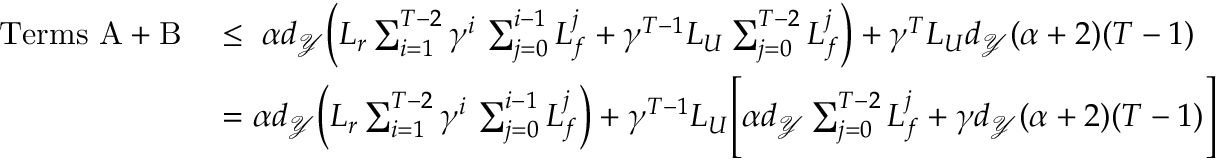
\begin{array} { r l } { \mathrm { T e r m s ~ A } + \mathrm { B } \; } & { \le \; \alpha d _ { \mathcal { Y } } \biggl ( L _ { r } \sum _ { i = 1 } ^ { T - 2 } \gamma ^ { i } \, \sum _ { j = 0 } ^ { i - 1 } L _ { f } ^ { j } + \gamma ^ { T - 1 } L _ { U } \sum _ { j = 0 } ^ { T - 2 } L _ { f } ^ { j } \biggr ) + \gamma ^ { T } L _ { U } d _ { \mathcal { Y } } ( \alpha + 2 ) ( T - 1 ) } \\ & { = \alpha d _ { \mathcal { Y } } \biggl ( L _ { r } \sum _ { i = 1 } ^ { T - 2 } \gamma ^ { i } \, \sum _ { j = 0 } ^ { i - 1 } L _ { f } ^ { j } \biggr ) + \gamma ^ { T - 1 } L _ { U } \Biggl [ \alpha d _ { \mathcal { Y } } \sum _ { j = 0 } ^ { T - 2 } L _ { f } ^ { j } + \gamma d _ { \mathcal { Y } } ( \alpha + 2 ) ( T - 1 ) \Biggr ] } \end{array}